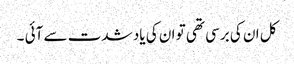
کل ان کی برسی تھی تو ان کی یاد شدت سے آئی ۔